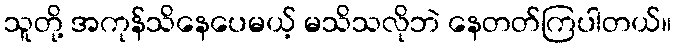
သူတို့ အကုန်သိနေပေမယ့် မသိသလိုဘဲ နေတတ်ကြပါတယ်။